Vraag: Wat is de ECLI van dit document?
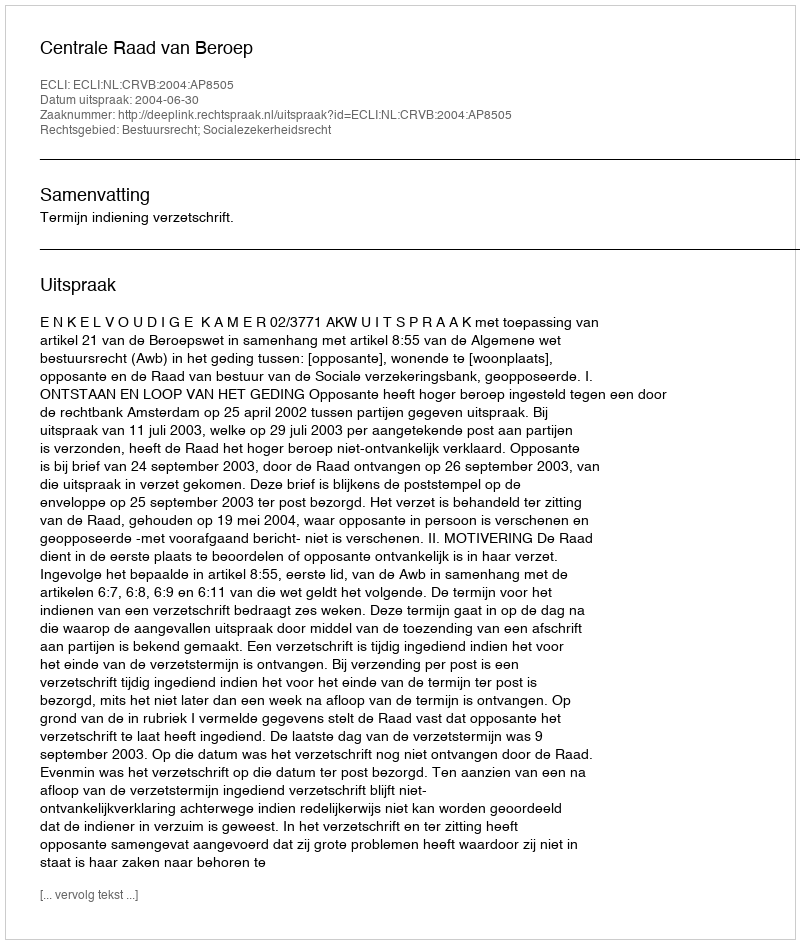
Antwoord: ECLI:NL:CRVB:2004:AP8505